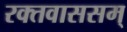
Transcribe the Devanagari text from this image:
रक्तवाससम्